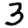
Digit: 3